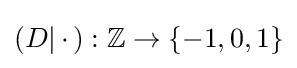
{\textstyle (D|\,\cdot \,):\mathbb {Z} \to \{-1,0,1\}}